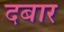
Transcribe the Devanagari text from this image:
दबार